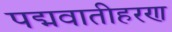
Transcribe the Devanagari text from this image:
पद्मवातीहरण